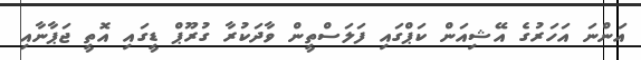
އަންނަ އަހަރުގެ އޭޝިއަން ކަޕްގައި ފަލަސްތީން ވާދަކުރާ ގުރޫޕް ޑީގައި އޮތީ ޖަޕާނާއި